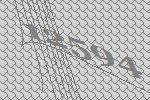
12594